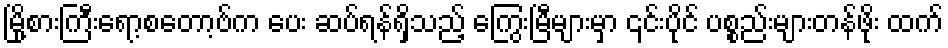
မြို့စားကြီးရော့စတော့ဗ်က ပေး ဆပ်ရန်ရှိသည့် ကြွေးမြီများမှာ ၎င်းပိုင် ပစ္စည်းများတန်ဖိုး ထက်